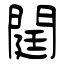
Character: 閮